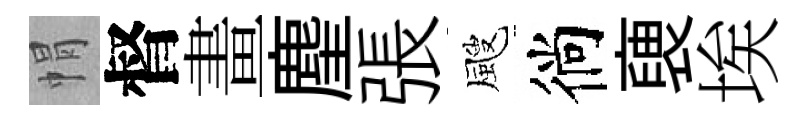
㡌督畫麈張颼徜褏埃